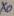
Text: x0